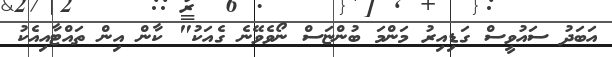
އަބަދު ސައުވީސް ގަޑިއިރު މަންމަ ބުންޏަސް ނޯވެވޭނެ ގެއަކު" ކާން އިން ތައްޓާއިއެކު